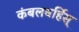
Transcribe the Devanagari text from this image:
कंबलबर्हिस्